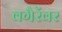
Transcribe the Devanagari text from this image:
वगैरेंवर